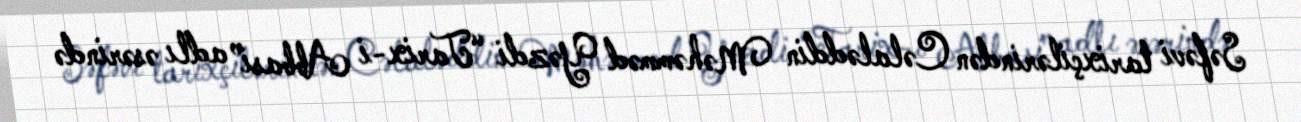
Səfəvi tarixçilərindən Cəlaləddin Məhəmməd Yəzdi “Tarix-i Abbasi” adlı əsərində